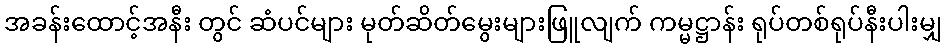
အခန်းထောင့်အနီး တွင် ဆံပင်များ မုတ်ဆိတ်မွေးများဖြူလျက် ကမ္မဋ္ဌာန်း ရုပ်တစ်ရုပ်နီးပါးမျှ